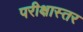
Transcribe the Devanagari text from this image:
परीक्षास्तर